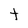
Character: t